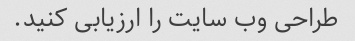
طراحی وب سایت را ارزیابی کنید.